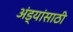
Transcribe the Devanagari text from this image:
अंड्यांसाठी